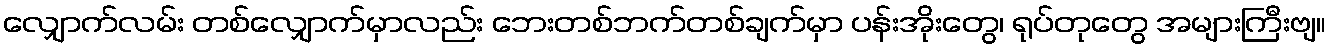
လျှောက်လမ်း တစ်လျှောက်မှာလည်း ဘေးတစ်ဘက်တစ်ချက်မှာ ပန်းအိုးတွေ၊ ရုပ်တုတွေ အများကြီးဗျ။